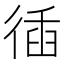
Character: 𢔣